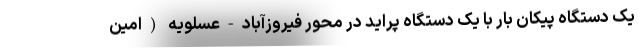
یک دستگاه پیکان بار با یک دستگاه پراید در محور فیروزآباد-عسلویه (امین